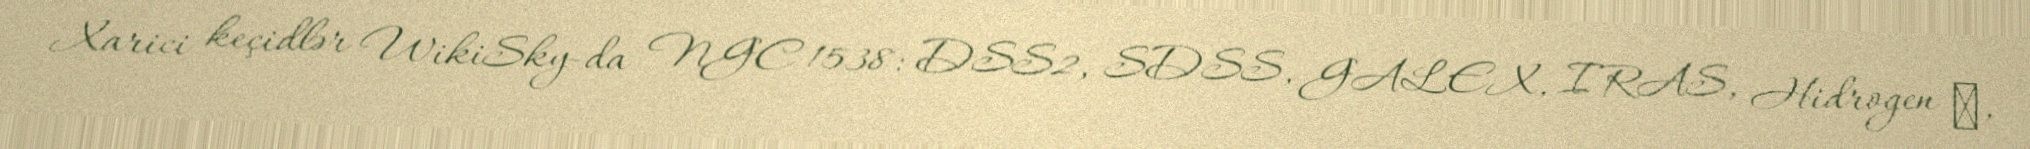
Xarici keçidlər WikiSky-da NGC 1538: DSS2, SDSS, GALEX, IRAS, Hidrogen α,